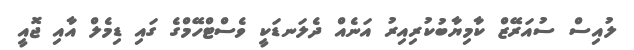
ލުއިސް ސުއަރޭޒް ކާމިޔާބުކުރިއިރު އަނެއް ދެލަނޑަކީ ވެސްޓްހޭމްގެ ގައި ޑިމެލް އާއި ޖޮއީ